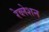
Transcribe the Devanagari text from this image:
रेव्लेशन